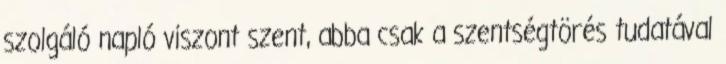
szolgáló napló viszont szent, abba csak a szentségtörés tudatával